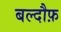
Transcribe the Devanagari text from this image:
बल्दौफ़